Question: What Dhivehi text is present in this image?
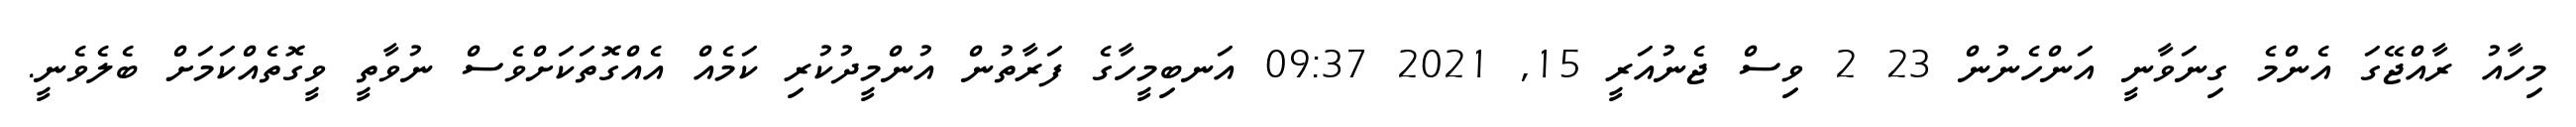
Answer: މިހާއު ރާއްޖޭގަ އެންމެ ގިނަވާނީ އަންހެނުން 23 2 ވިސް ޖެނުއަރީ 15, 2021 09:37 އަނބިމީހާގެ ފަރާތުން އުންމީދުކުރި ކަމެއް އެއްގޮތަކަށްވެސް ނުވާތީ ވީގޮތެއްކަމަށް ބެލެވެނީ.